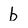
Character: b